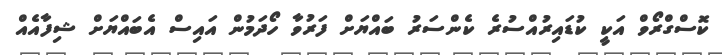
ކޮސްގްރޯވް އަކީ ކުޑައިރުއްސުރެ ކެންސަރު ބައްޔަށް ފަރުވާ ހޯދަމުން އައިސް އެބައްޔަށް ޝިފާއެއް